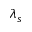
\lambda _ { s }